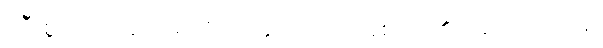
ကြီးစွာသောဆင်းရဲကို။ အနုဘောသိ၊ ခံစားရ၏။ အညေသံပန၊